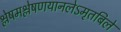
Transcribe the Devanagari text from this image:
श्लेषमश्लेषणयानलेऽमृतबिले